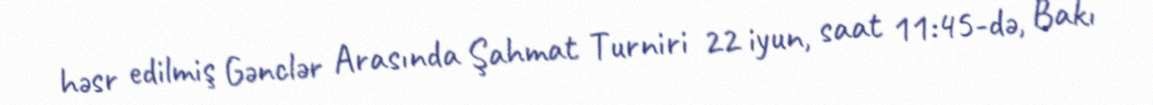
həsr edilmiş Gənclər Arasında Şahmat Turniri 22 iyun, saat 11:45-də, Bakı